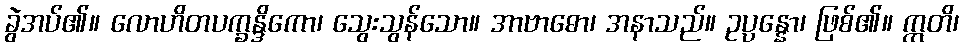
ခွဲအပ်၏။ လောဟိတပက္ခန္ဒိကော၊ သွေးသွန်သော။ အာဗာဓော၊ အနာသည်။ ဥပ္ပန္နော၊ ဖြစ်၏။ ဣတိ၊